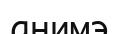
анимэ